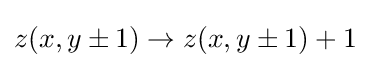
z(x,y\pm 1)\rightarrow z(x,y\pm 1)+1